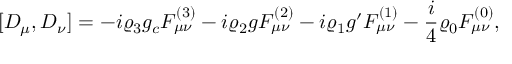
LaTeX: [ { \cal D } _ { \mu } , { \cal D } _ { \nu } ] = - i \varrho _ { 3 } g _ { c } { \cal F } _ { \mu \nu } ^ { ( 3 ) } - i \varrho _ { 2 } g { \cal F } _ { \mu \nu } ^ { ( 2 ) } - i \varrho _ { 1 } g ^ { \prime } { \cal F } _ { \mu \nu } ^ { ( 1 ) } - { \frac { i } { 4 } } \varrho _ { 0 } { \cal F } _ { \mu \nu } ^ { ( 0 ) } ,